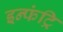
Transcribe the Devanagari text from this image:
इन्फंट्रि